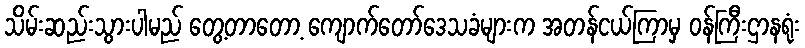
သိမ်းဆည်းသွားပါမည် တွေ့တာတော့ ကျောက်တော်ဒေသခံများက အတန်ငယ်ကြာမှ ဝန်ကြီးဌာနရုံး